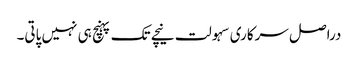
دراصل سرکاری سہولت نیچے تک پہنچ ہی نہیں پاتی۔